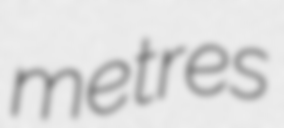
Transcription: metres